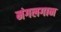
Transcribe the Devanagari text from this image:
मंगलगान